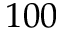
1 0 0